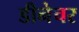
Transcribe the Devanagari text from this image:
डीनेचर